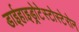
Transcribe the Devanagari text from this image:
डाईहाइड्रोटेस्टोस्टेरोन